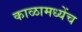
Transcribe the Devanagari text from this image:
काळामध्येंच